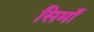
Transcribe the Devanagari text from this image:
सिमाँ